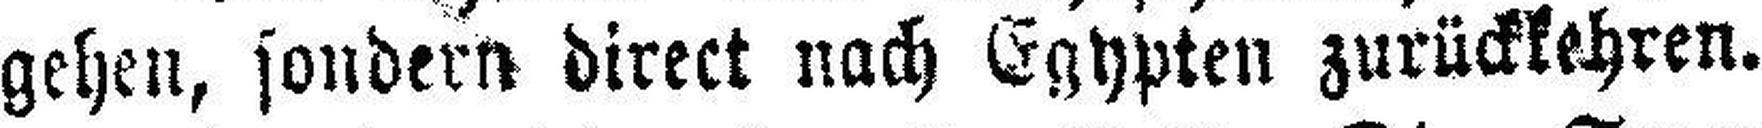
gehen, sondern direct nach Egypten zurückkehren.